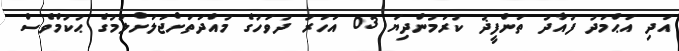
އަދި އަޙްމަދު ފުއާދު ތަންފީޛު ކުރަމުންދިޔަ 03 އަހަރު ދުވަހުގެ މުއްދަތަށްޖަލަށްލުމުގެ ޙުކުމްވެސް